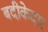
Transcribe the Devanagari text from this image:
बदीकेदार